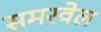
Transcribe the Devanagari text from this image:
समरवेल